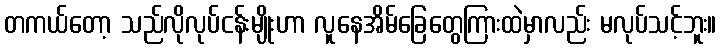
တကယ်တော့ သည်လိုလုပ်ငန်းမျိုးဟာ လူနေအိမ်ခြေတွေကြားထဲမှာလည်း မလုပ်သင့်ဘူး။